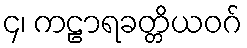
၄၊ ကဠာရခတ္တိယဝဂ်